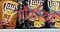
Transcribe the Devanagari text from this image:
पौर्वात्यों